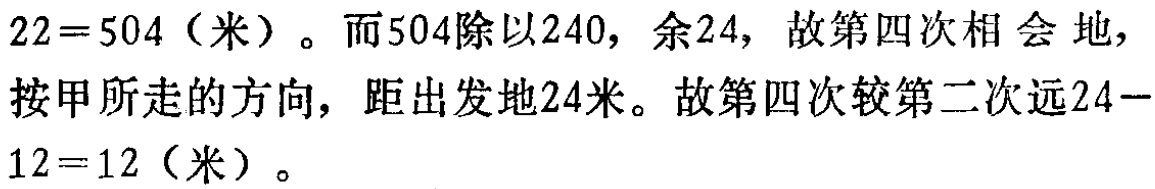
$22 = 504（米）。而504除以240，余24，故第四次相会地，按甲所走的方向，距出发地24米。故第四次较第二次远24 - 12 = 12（米）。$